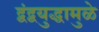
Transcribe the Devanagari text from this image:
द्वंद्वयुद्धामुळे